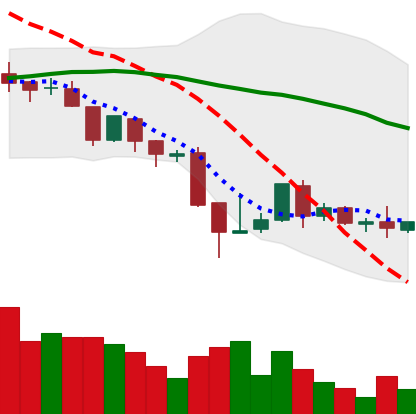
Ticker: BNB-USD
Chart end date: 2018-08-23
Forward return: 18.23%
Label: up_7plus